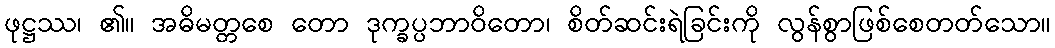
ဖုဋ္ဌဿ၊ ၏။ အဓိမတ္တစေ တော ဒုက္ခပ္ပဘာဝိတော၊ စိတ်ဆင်းရဲခြင်းကို လွန်စွာဖြစ်စေတတ်သော။